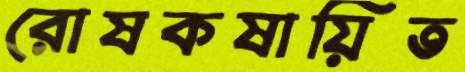
রোষকষায়িত